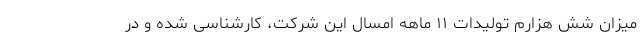
میزان شش هزارم تولیدات ۱۱ ماهه امسال این شرکت، کارشناسی شده و در